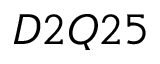
D 2 Q 2 5